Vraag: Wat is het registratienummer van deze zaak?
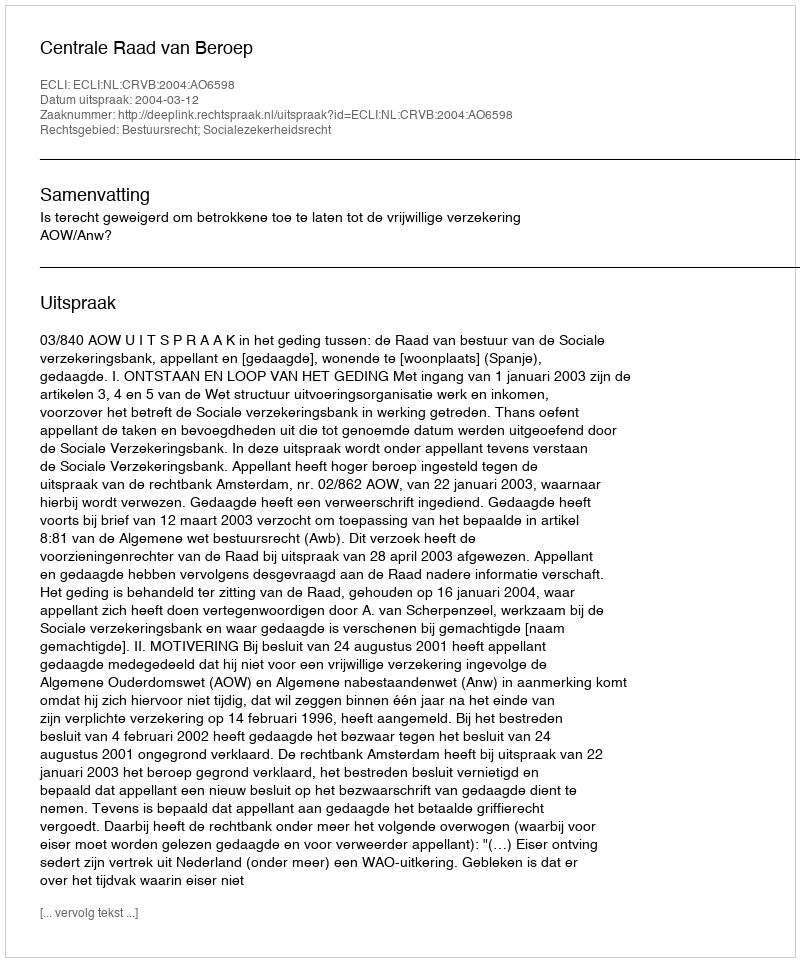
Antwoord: http://deeplink.rechtspraak.nl/uitspraak?id=ECLI:NL:CRVB:2004:AO6598